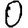
Digit: 0